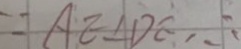
= A E \bot D E , \therefore